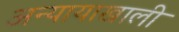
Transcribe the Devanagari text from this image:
अन्यायाखाली